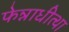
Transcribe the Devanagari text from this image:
फेन्नाधीत्था